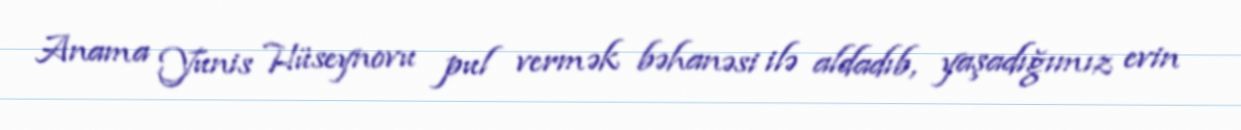
Anama Yunis Hüseynovu pul vermək bəhanəsi ilə aldadıb, yaşadığımız evin